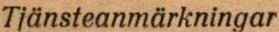
Tjänsteanmärkningar